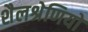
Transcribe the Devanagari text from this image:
शैलश्रेणियों